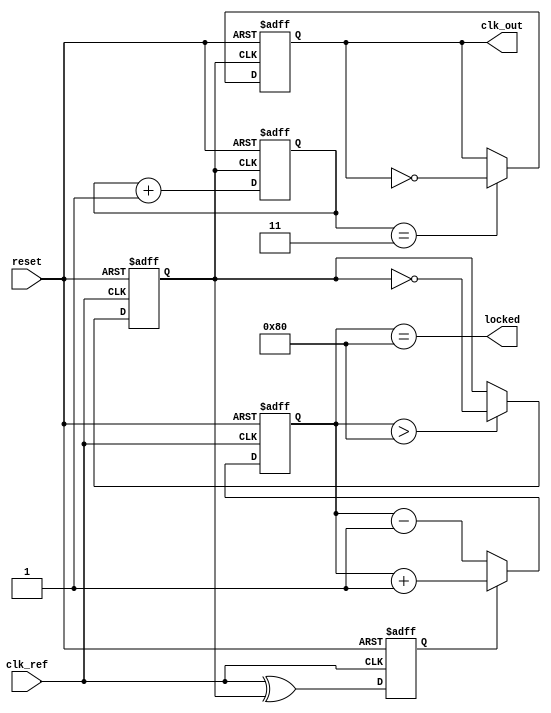
module high_performance_PLL (
    input wire clk_ref,      // Reference clock input
    input wire reset,        // Reset signal
    output reg clk_out,      // Output clock
    output wire locked       // PLL lock status
);

// Phase Detector
reg phase_err;             // Phase error signal
reg clk_vco;               // VCO output clock signal
reg [7:0] control_voltage; // Control voltage from loop filter
reg phase_detector_out;     // Output from phase detector

// Charge Pump
always @(posedge clk_ref or posedge reset) begin
    if (reset) begin
        phase_err <= 1'b0;
    end else begin
        // Simple phase detector implementation (e.g., XOR gate)
        phase_detector_out = clk_ref ^ clk_vco;
        phase_err = phase_detector_out; // Capture phase error
    end
end

// Loop Filter (simple integrator)
always @(posedge clk_ref or posedge reset) begin
    if (reset) begin
        control_voltage <= 8'h00; // Reset control voltage
    end else begin
        if (phase_err) begin
            control_voltage <= control_voltage + 8'h01; // Increase control voltage
        end else begin
            control_voltage <= control_voltage - 8'h01; // Decrease control voltage
        end
    end
end

// Voltage-Controlled Oscillator (VCO)
always @(posedge clk_ref or posedge reset) begin
    if (reset) begin
        clk_vco <= 1'b0; // Reset VCO output
    end else begin
        // Example scaling of control voltage to frequency
        // Implement your logic to determine VCO frequency based on control_voltage
        if (control_voltage > 8'h80) begin
            clk_vco <= ~clk_vco; // Toggle for the output clock
        end
    end
end

// Frequency Divider
reg [1:0] clk_div_counter = 2'b00;
always @(posedge clk_vco or posedge reset) begin
    if (reset) begin
        clk_div_counter <= 2'b00; // Reset counter
        clk_out <= 1'b0;          // Reset output clock
    end else begin
        clk_div_counter <= clk_div_counter + 2'b01;
        if (clk_div_counter == 2'b11) begin
            clk_out <= ~clk_out; // Toggle clk_out for division by 4
        end
    end
end

// Lock detection (simple example based on control voltage)
assign locked = (control_voltage == 8'h80); // Example lock condition

endmodule